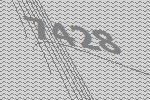
7428